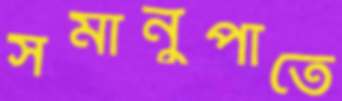
সমানুপাতে